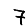
Digit: 7